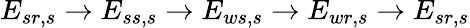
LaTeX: E_{sr,s}\rightarrow E_{ss,s}\rightarrow E_{ws,s}\rightarrow E_{wr,s}\rightarrow E_{sr,s}